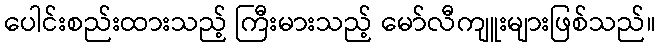
ပေါင်းစည်းထားသည့် ကြီးမားသည့် မော်လီကျူးများဖြစ်သည်။